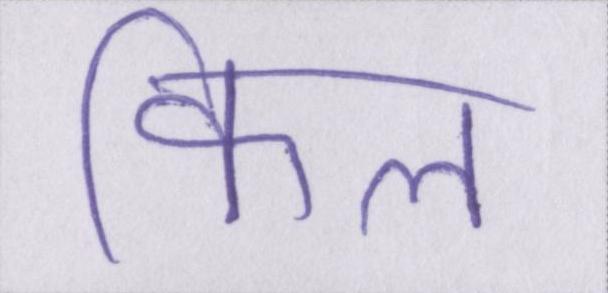
किल